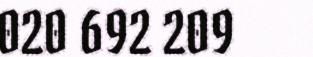
020 692 209